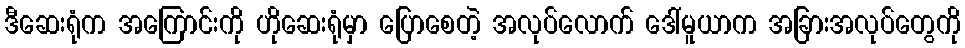
ဒီဆေးရုံက အကြောင်းကို ဟိုဆေးရုံမှာ ပြောစေတဲ့ အလုပ်လောက် ဒေါ်မူယာက အခြားအလုပ်တွေကို